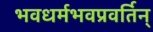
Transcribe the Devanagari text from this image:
भवधर्मभवप्रवर्तिन्